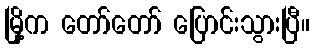
မြို့က တော်တော် ပြောင်းသွားပြီ။